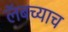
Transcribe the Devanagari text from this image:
लॅबच्याच